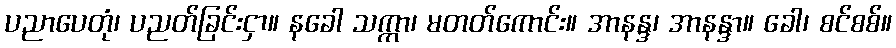
ပညာပေတုံ၊ ပညတ်ခြင်းငှာ။ နခေါ သက္ကာ၊ မတတ်ကောင်း။ အာနန္ဒ၊ အာနန္ဒာ။ ခေါ၊ စင်စစ်။